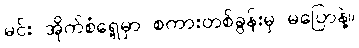
မင်း အိုက်စံရှေ့မှာ စကားတစ်ခွန်းမှ မပြောနဲ့။